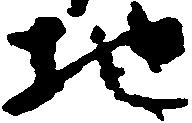
地